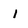
Character: I